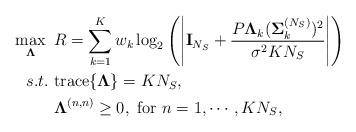
LaTeX: \begin{align*}\begin{aligned}\max_{\mathbf{\Lambda}}~&R = \sum_{k=1}^K w_k \log_2 \left( \left| \mathbf{I}_{N_S} + \frac{P\mathbf{\Lambda}_k (\mathbf{\Sigma}_k^{(N_S)})^2}{\sigma^2KN_S}\right| \right) \\s.t.~&\mathrm{trace}\{\mathbf{\Lambda}\} = KN_S,\\&\mathbf{\Lambda}^{(n, n)} \ge 0,~\mathrm{for}~n = 1, \cdots, KN_S,\end{aligned}\end{align*}